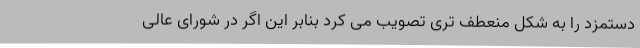
دستمزد را به شکل منعطف تری تصویب می کرد بنابر این اگر در شورای عالی